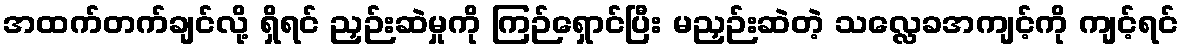
အထက်တက်ချင်လို့ ရှိရင် ညှဉ်းဆဲမှုကို ကြဉ်ရှောင်ပြီး မညှဉ်းဆဲတဲ့ သလ္လေခအကျင့်ကို ကျင့်ရင်